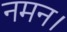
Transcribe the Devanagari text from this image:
नमन।